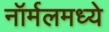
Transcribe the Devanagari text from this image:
नॉर्मलमध्ये